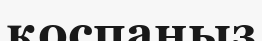
қоспаңыз